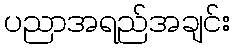
ပညာအရည်အချင်း